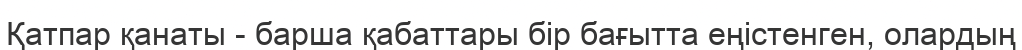
Қатпар қанаты - барша қабаттары бір бағытта еңістенген, олардың